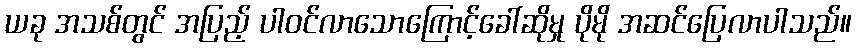
ယခု အသစ်တွင် အပြည့် ပါဝင်လာသောကြောင့်ခေါ်ဆိုမှု ပိုမို အဆင်ပြေလာပါသည်။